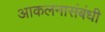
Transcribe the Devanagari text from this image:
आकलनासंबंधी